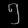
Digit: ၅